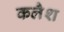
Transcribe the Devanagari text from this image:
कलैश